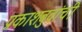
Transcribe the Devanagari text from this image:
प्रकाशबुवांची